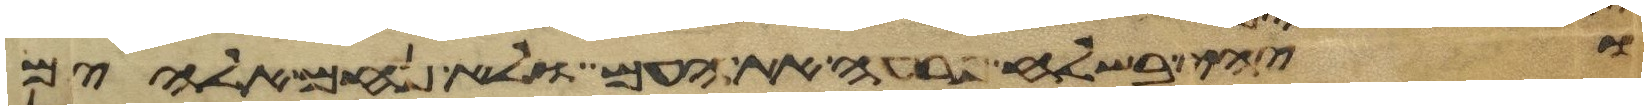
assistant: ויהי בשלח פרעה את העם ולא נחם אלהים